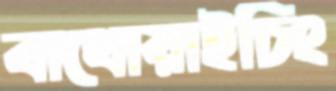
বাথোয়াইচিং